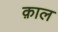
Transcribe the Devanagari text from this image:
क़ाल